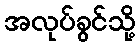
အလုပ်ခွင်သို့